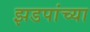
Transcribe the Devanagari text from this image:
झडपांच्या